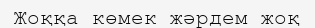
Жоққа көмек жәрдем жоқ